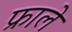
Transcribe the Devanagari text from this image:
फ्राले